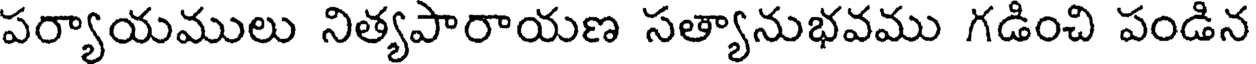
పర్యాయములు నిత్యపారాయణ సత్యానుభవము గడించి పండిన